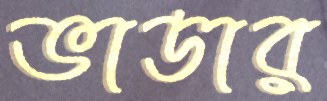
ভাডার